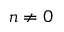
n \ne 0